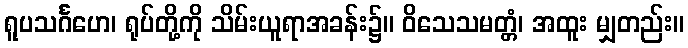
ရူပသင်္ဂဟေ၊ ရုပ်တို့ကို သိမ်းယူရာအခန်း၌။ ဝိသေသမတ္တံ၊ အထူး မျှတည်း။